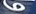
و